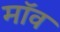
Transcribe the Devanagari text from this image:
मॉव